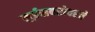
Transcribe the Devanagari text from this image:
लुईसबरोबरचे